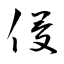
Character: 侵